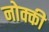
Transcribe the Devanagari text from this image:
नोक्की